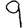
Digit: 9